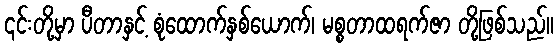
၎င်းတို့မှာ ပီတာနှင့် စုံထောက်နှစ်ယောက်၊ မစ္စတာထရက်ဇာ တို့ဖြစ်သည်။